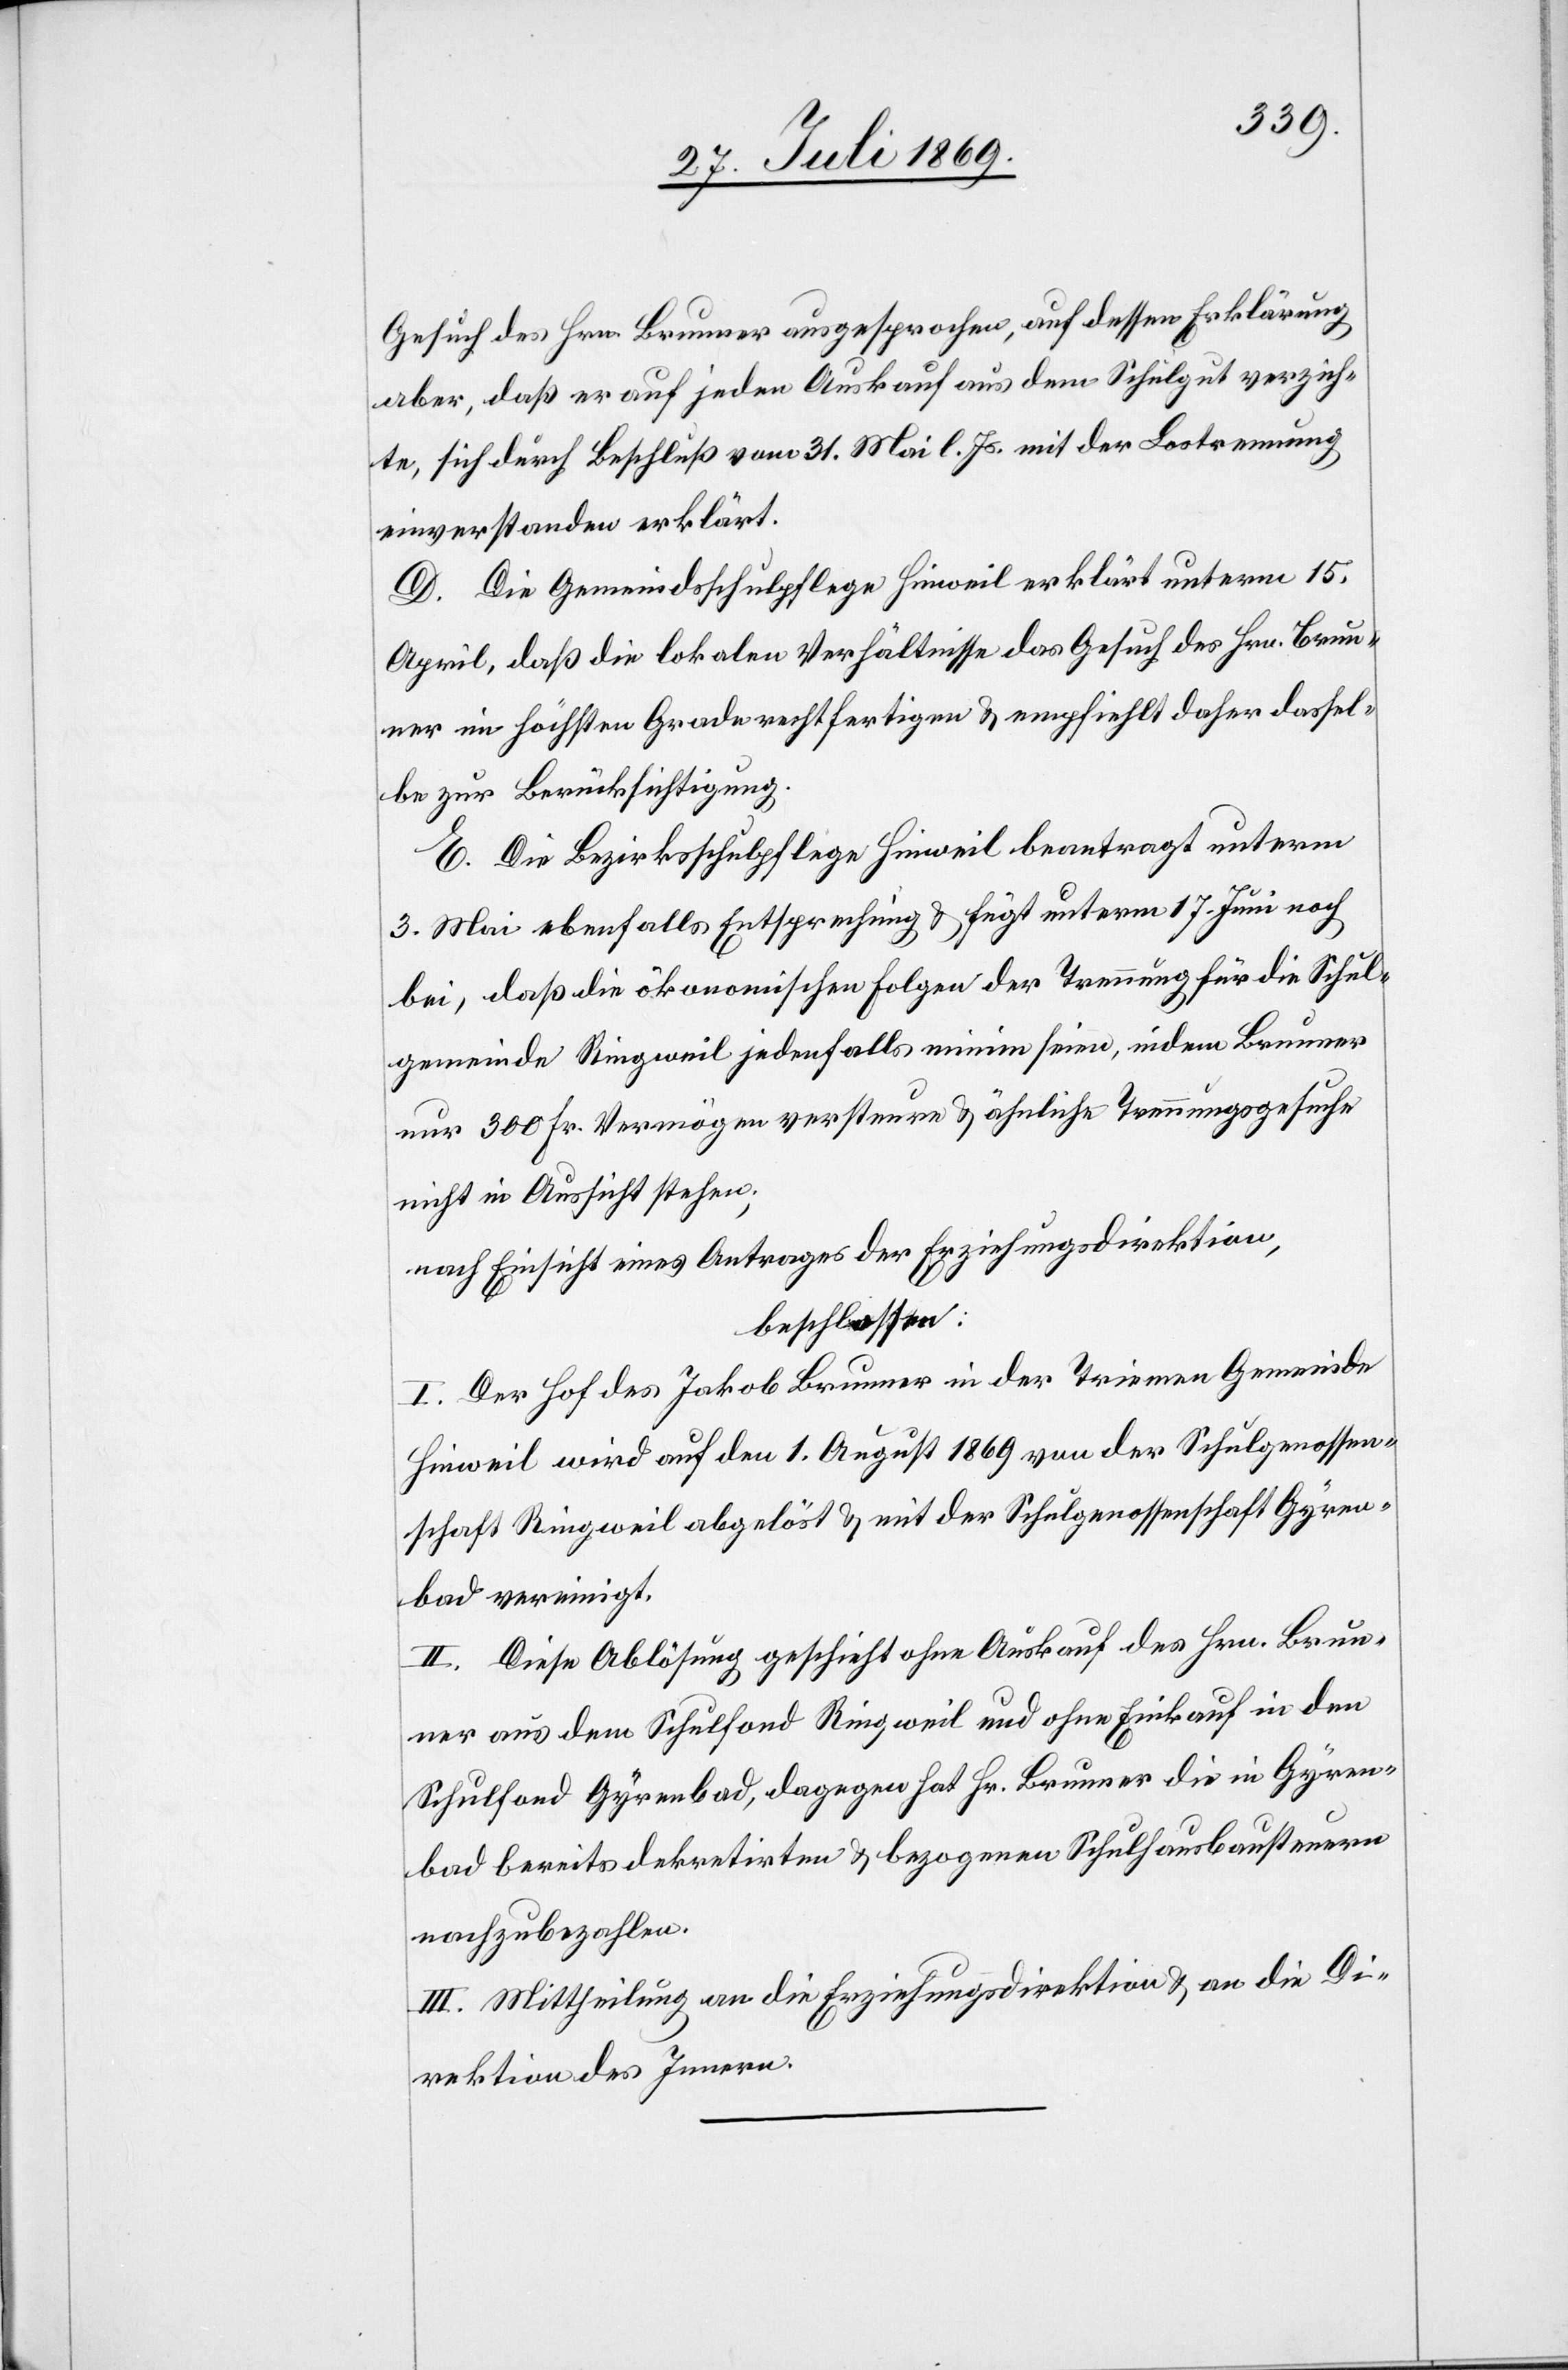
Gesuch des Hrn. Brunner ausgesprochen, auf dessen Erklärung
aber, daß er auf jeden Ankauf aus dem Schulgut verzich¬
te, sich durch Beschluß vom 31 Mai l. Js. mit der Lostrennung
einverstanden erklärt.
D. Die Gemeindsschulpflege Hinweil erklärt unterm 15
April, daß die lokalen Verhältnisse das Gesuch des Hrn. Brun¬
ner in höchstem Grade rechtfertigen u. empfiehlt daher dassel¬
be zur Berücksichtigung.
E. Die Bezirksschulpflege Hinweil beantragt unterm
3 Mai ebenfalls Entsprechung u. fügt unterm 17 Juni noch
bei, daß die ökonomischen Folgen der Trennung für die Schul¬
gemeinde Ringweil jedenfalls minim seien, indem Brunner
nur 300 Fr. Vermögen versteuere u. ähnliche Trennungsgesuche
nicht in Aussicht stehen;
nach Einsicht eines Antrages der Erziehungsdirektion,
beschlossen:
I. Der Hof des Jakob Brunner in der Triemen Gemeinde
Hinweil wird auf den 1 August 1869 von der Schulgenossen¬
schaft Ringweil abgelöst u. mit der Schulgenossenschaft Gyren¬
bad vereinigt.
II. Diese Ablösung geschieht ohne Auskauf des Hrn. Brun¬
ner aus dem Schulfond Ringweil und ohne Einkauf in den
Schulfond Gyrenbad, dagegen hat Hr. Brunner die in Gyren¬
bad bereits dekretirten u. bezogenen Schulhausbausteuern
nachzubezahlen.
III. Mittheilung an die Erziehungsdirektion u. an die Di¬
rektion des Innern.